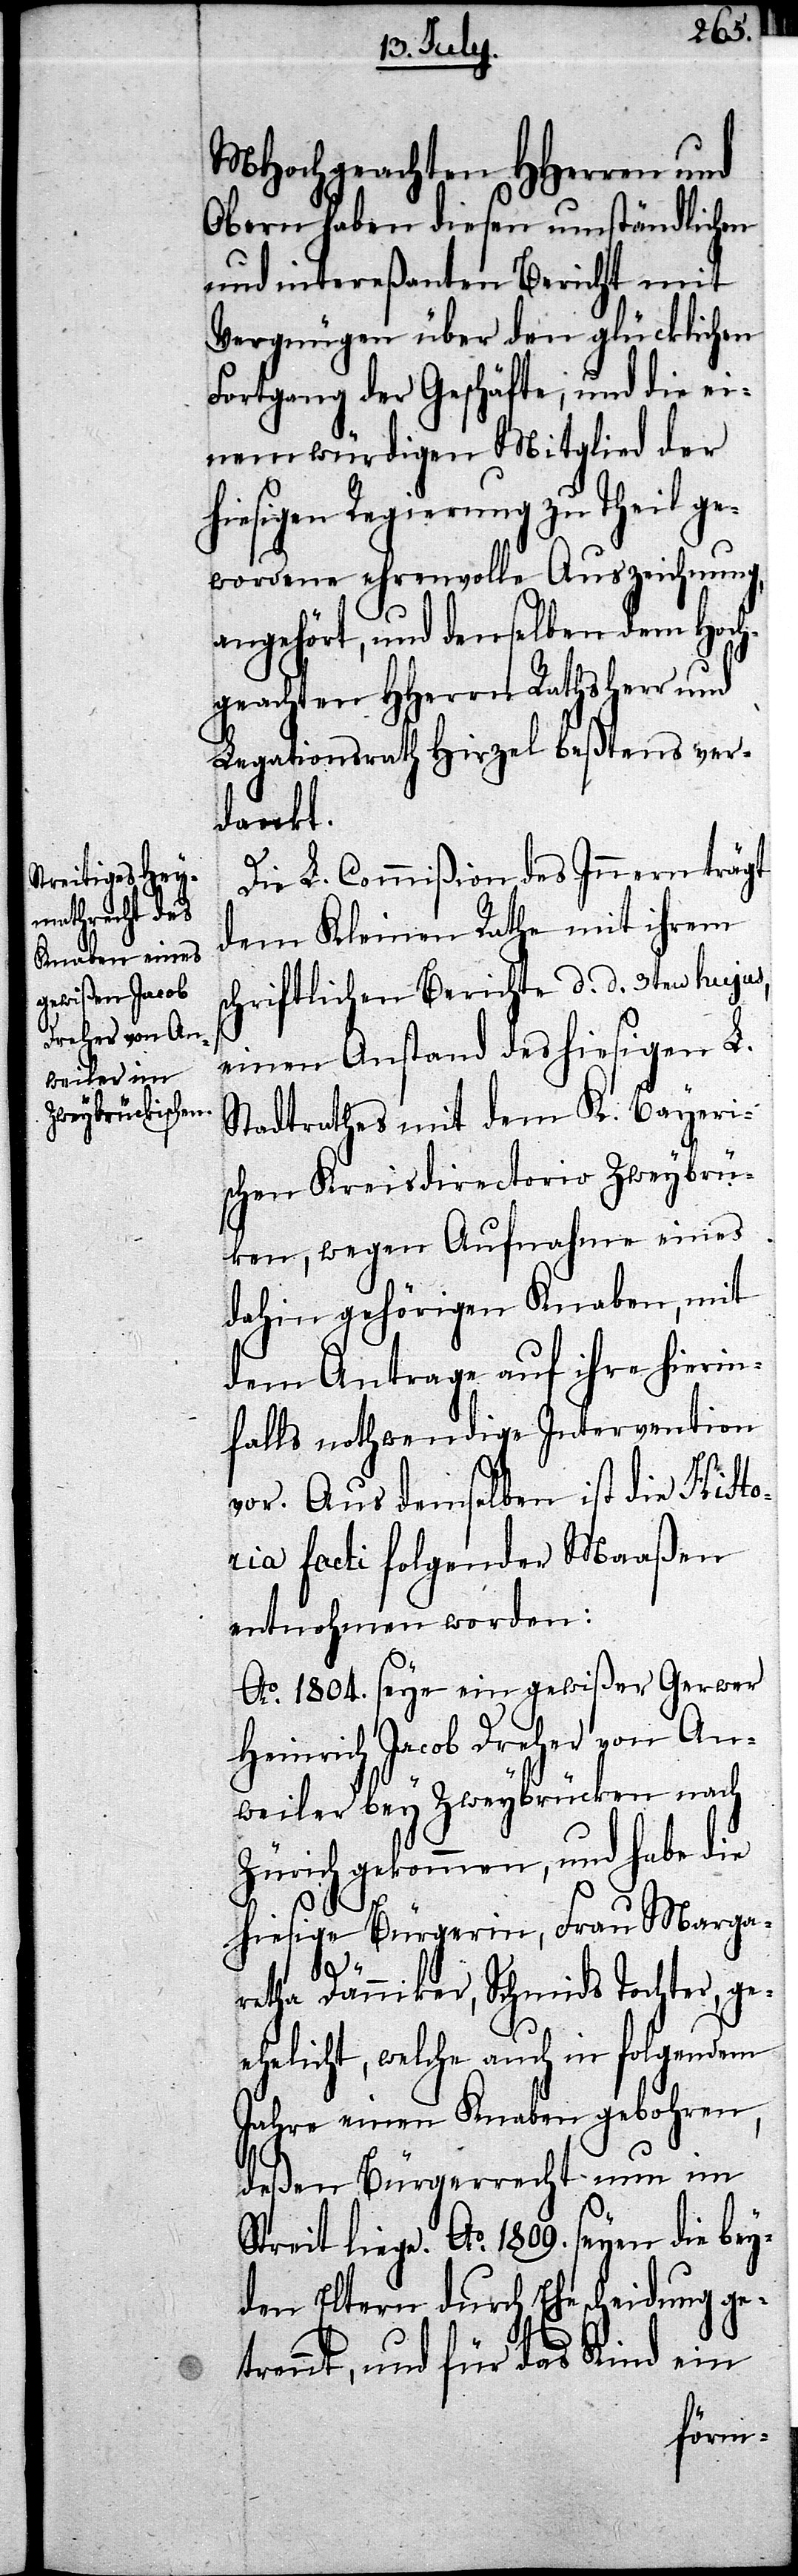
MHochgeachten HHerren und
Obern haben diesen umständlichen
und intereßanten Bericht mit
Vergnügen über den glücklichen
Fortgang der Geschäfte, und die ei¬
nem würdigen Mitglied der
hiesigen Regierung zu Theil ge¬
wordene ehrenvolle Auszeichnung,
angehört, und denselben dem Hoch¬
geachten HHerrn Rathsherr und
Legationsrath Hirzel beßtens ver¬
dankt.
Die L. Commißion des Innern trägt
dem Kleinen Rathe mit ihrem
schriftlichen Berichte d. d. 3ten hujus,
einen Anstand des hiesigen L.
Stadtrathes mit dem K. Bayeri¬
schen Kreisdirectorio Zweybrüc¬
ken, wegen Aufnahme eines
dahin gehörigen Knaben, mit
dem Antrage auf ihre hierin¬
falls nothwendige Intervention
vor. Aus demselben ist die Histo¬
ria facti folgender Maaßen
entnohmen worden:
Ao. 1804. seye ein gewißer Gerwer
Heinrich Jacob Dreher von Ant¬
weiler bey Zweybrücken nach
Zürich gekommen, und habe die
hiesige Bürgerin, Frau Marga¬
retha Dänniker, Schmids Tochter, ge¬
ehelicht, welch auch in folgendem
Jahre einen Knaben gebohren,
deßen Bürgerrecht nun im
Streit liege. Ao. 1809. seyen die bey¬
den Eltern durch Ehescheidung ge¬
trennt, und für das Kind ein